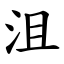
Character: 沮